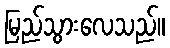
မြည်သွားလေသည်။